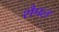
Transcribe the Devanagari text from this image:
शैपल